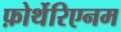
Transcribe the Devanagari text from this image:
फ़ोर्थेरिएनम